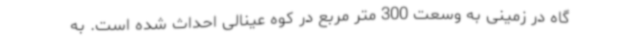
گاه در زمینی به وسعت 300 متر مربع در کوه عینالی احداث شده است. به